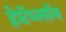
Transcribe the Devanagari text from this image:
हेप्टॅथ्‍लॉन